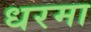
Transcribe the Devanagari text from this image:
धरमा